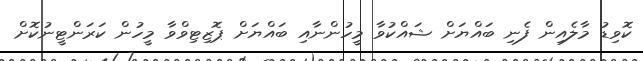
ކޮވިޑު މާލެއިން ފެނި ބައްޔަށް ޝައްކުވާ މީހުންނާއި ބައްޔަށް ޕޮޒިޓިވްވާ މީހުން ކަރަންޓީނުކޮށް